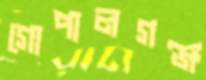
গোপালগঞ্জ